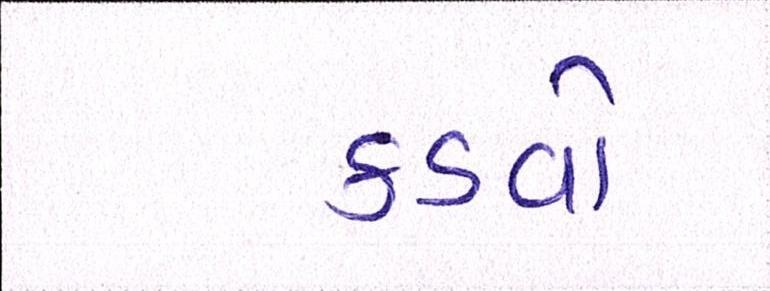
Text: કડવો